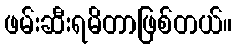
ဖမ်းဆီးရမိတာဖြစ်တယ်။